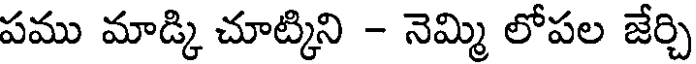
పము మాడ్కి చూట్కిని - నెమ్మి లోపల జేర్చి